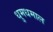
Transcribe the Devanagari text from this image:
धुमधमाल